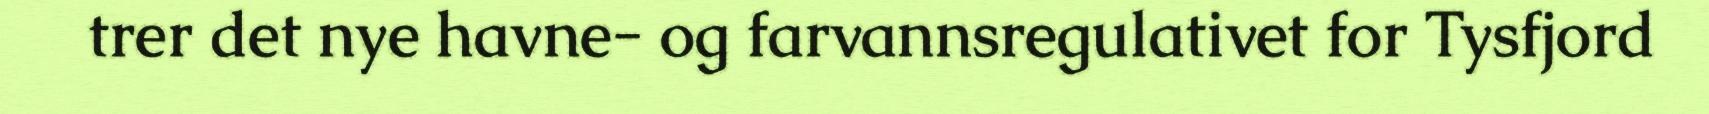
trer det nye havne- og farvannsregulativet for Tysfjord